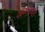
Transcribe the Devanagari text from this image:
खेळापर्यंत